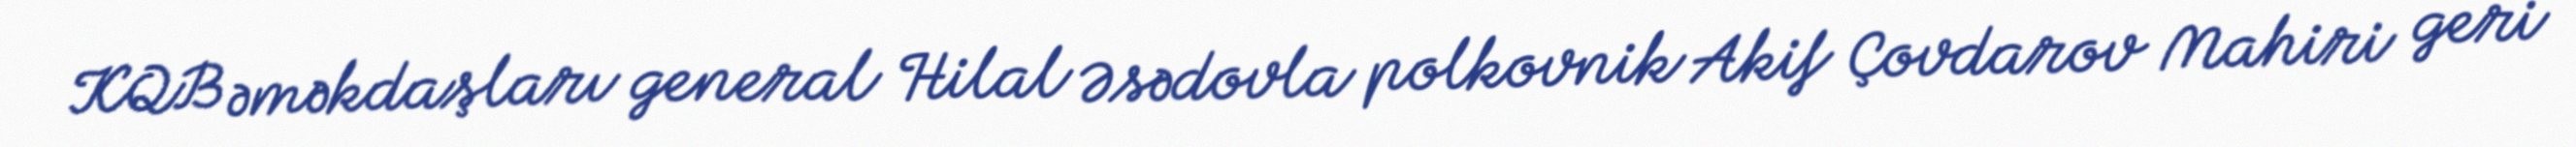
KQB əməkdaşları general Hilal Əsədovla polkovnik Akif Çovdarov Mahiri geri